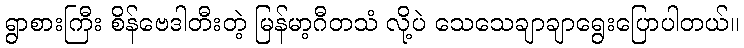
ရွာစားကြီး စိန်ဗေဒါတီးတဲ့ မြန်မာ့ဂီတသံ လို့ပဲ သေသေချာချာရွေးပြောပါတယ်။